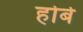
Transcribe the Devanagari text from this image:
होर्बे